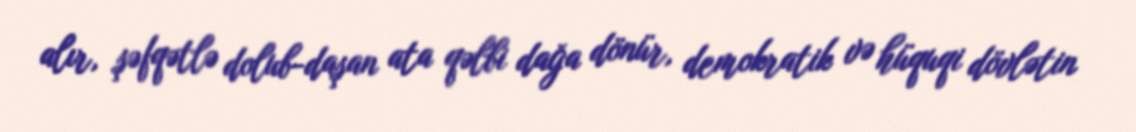
alır, şəfqətlə dolub-daşan ata qəlbi dağa dönür, demokratik və hüquqi dövlətin